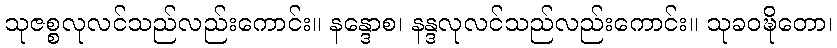
သုဇစ္စလုလင်သည်လည်းကောင်း။ နန္ဒောစ၊ နန္ဒလုလင်သည်လည်းကောင်း။ သုခဝဍ္ဎိတော၊